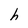
Character: h